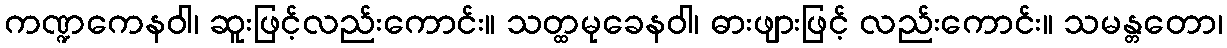
ကဏ္ဍကေနဝါ၊ ဆူးဖြင့်လည်းကောင်း။ သတ္ထမုခေနဝါ၊ ဓားဖျားဖြင့် လည်းကောင်း။ သမန္တတော၊